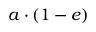
a \cdot ( 1 - e )